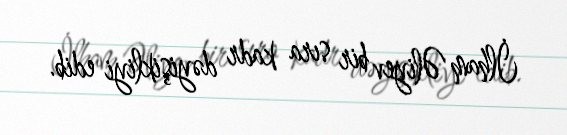
İlham Əliyev bir sıra kadr dəyişikliyi edib.